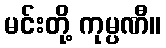
မင်းတို့ ကုမ္ပဏီ။